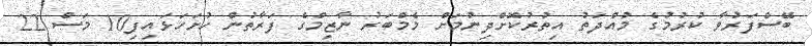
ބޭސްފަރުވާ ކުރުމުގެ މުއްދަތު އިތުރުކޮށްދިނުމަށް މެމްބަރު ނާޒިމްގެ ފަރާތުން ހުށަހަޅައިފި10 މަސް 22